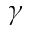
\gamma